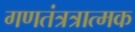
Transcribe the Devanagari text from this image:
गणतंत्रत्रात्मक